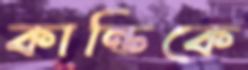
কান্তিকে